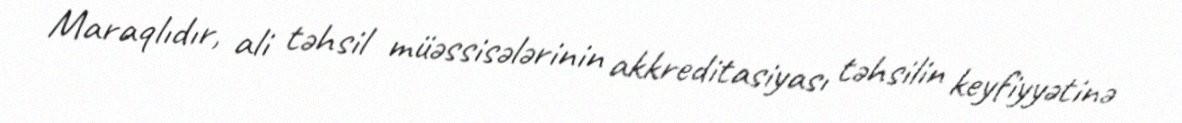
Maraqlıdır, ali təhsil müəssisələrinin akkreditasiyası təhsilin keyfiyyətinə